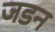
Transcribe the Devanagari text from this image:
जडन